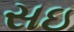
સઇ